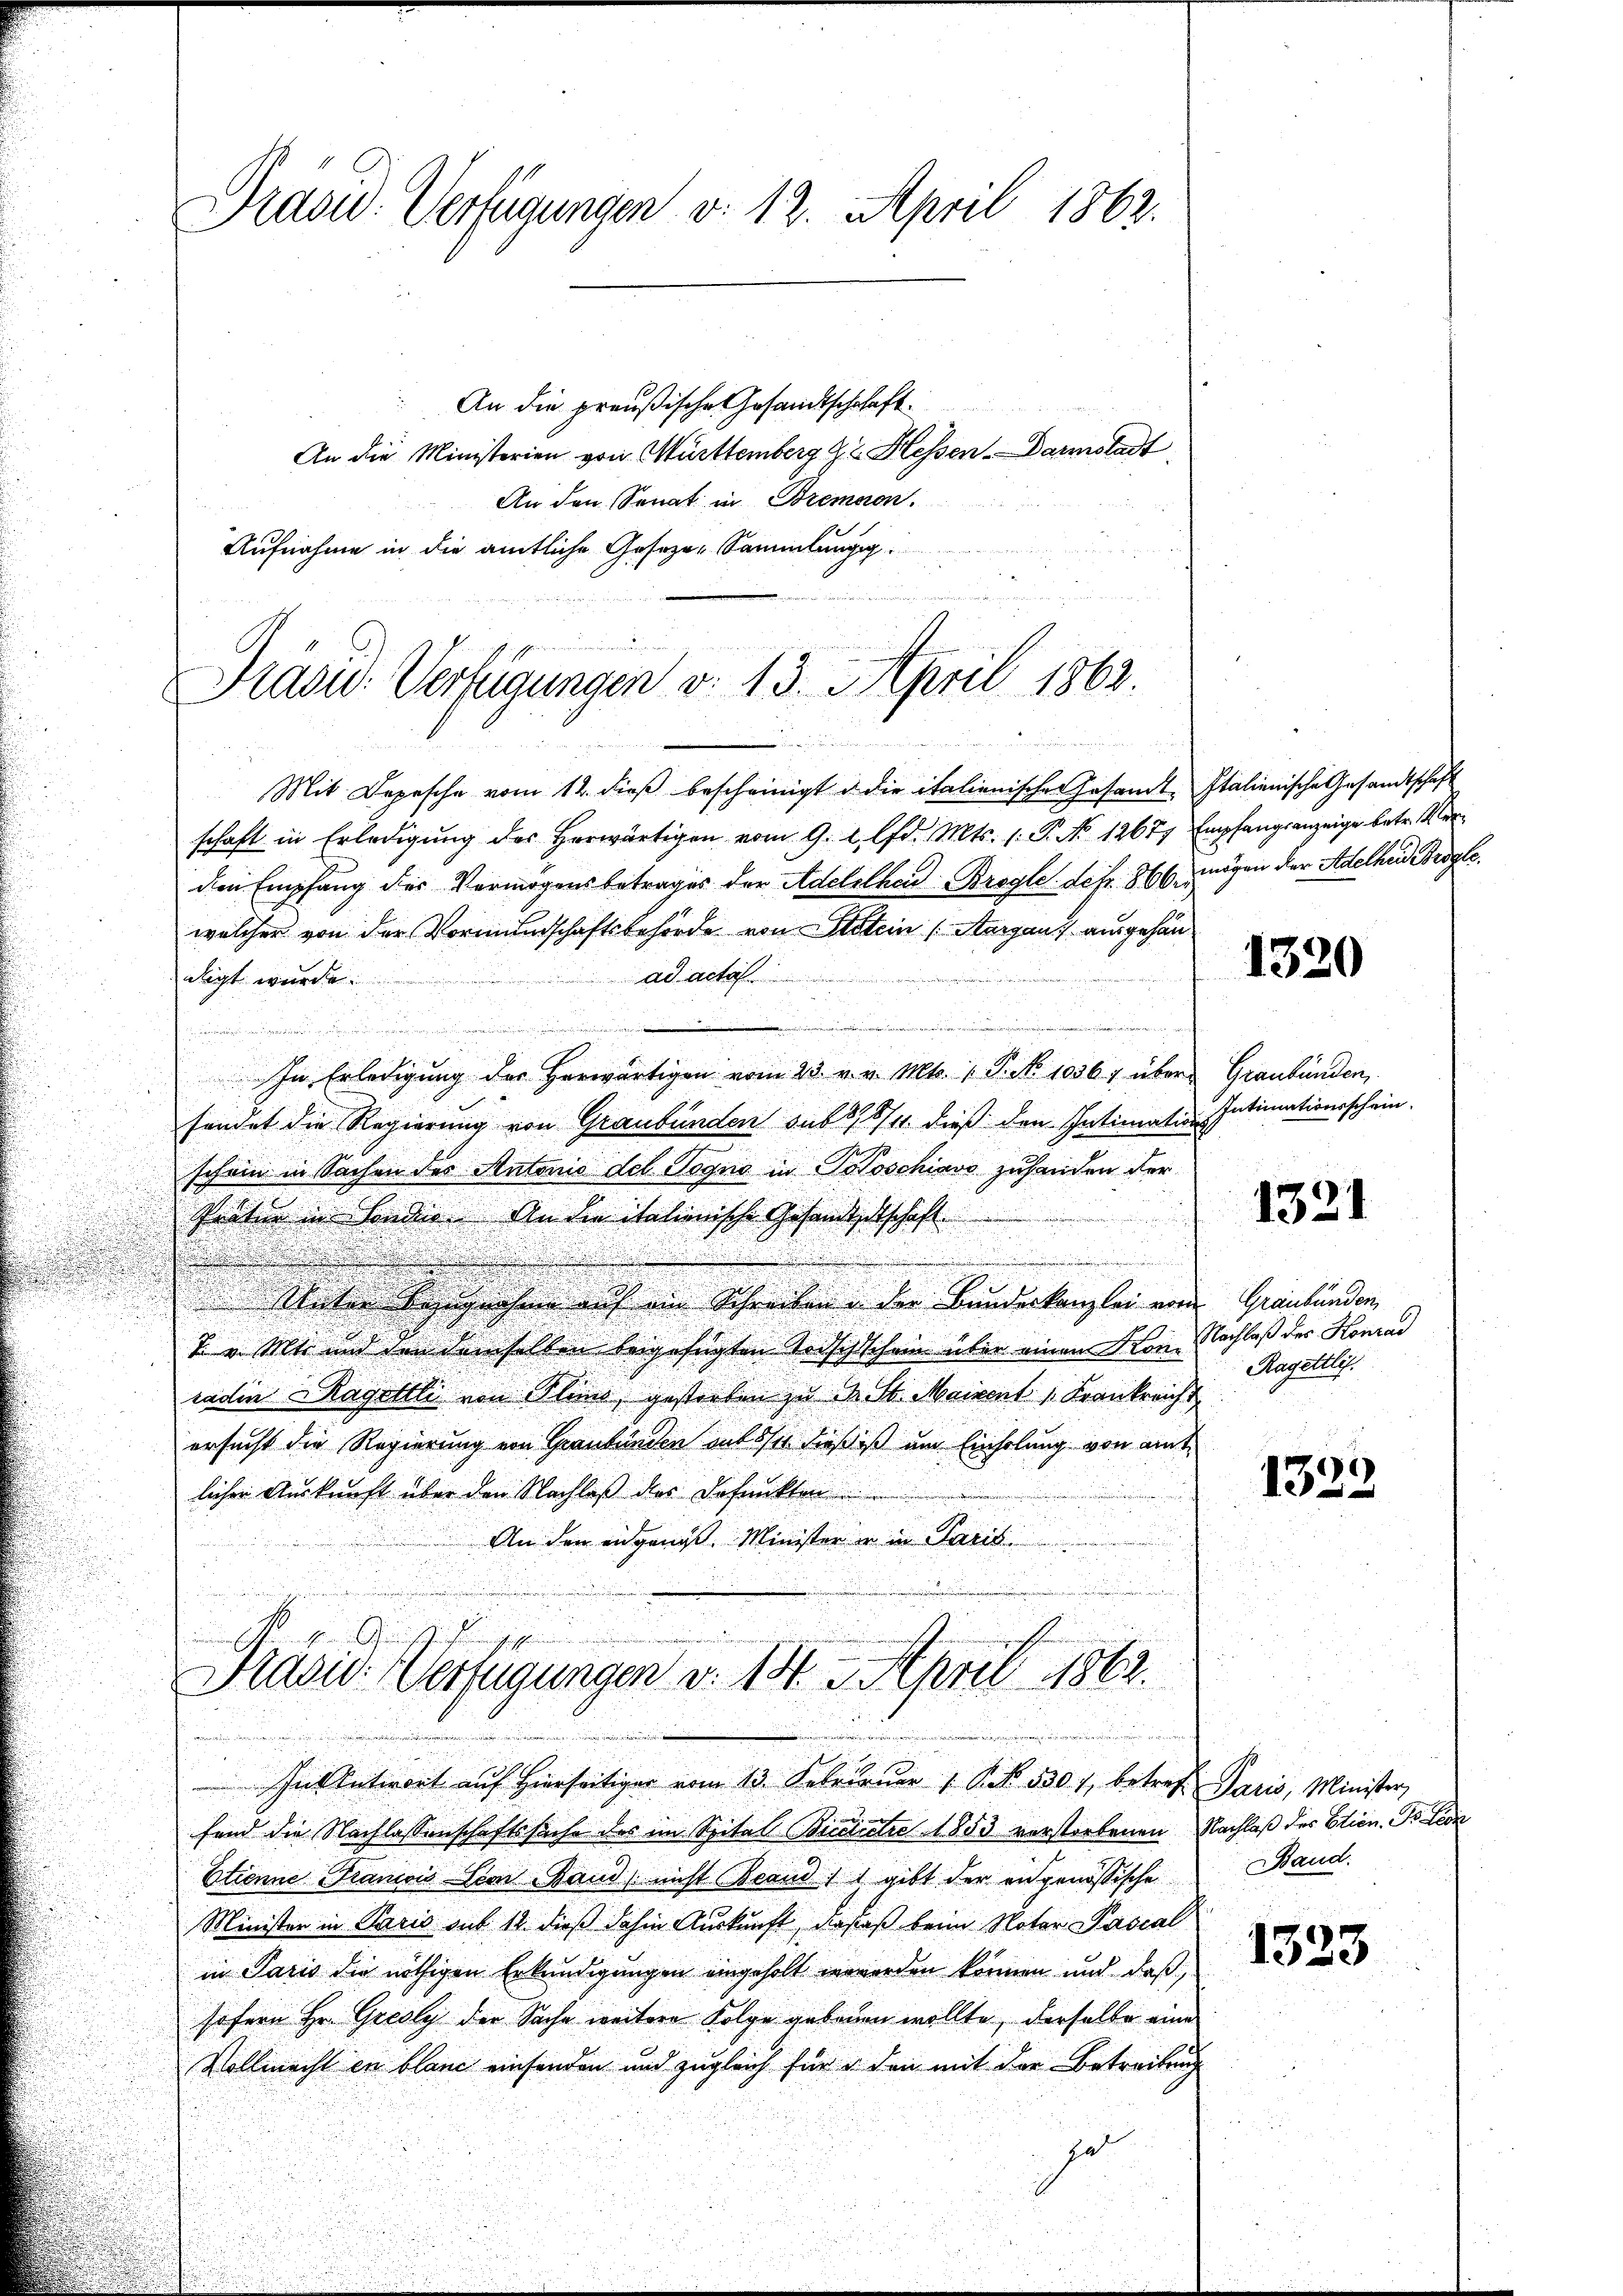
An den Senat in Bremeren
Mit Depesche vom 12. dieß bescheinigt d. die italienischer Gesandt-Italienische Gesandtschaft
schaft in Erledigŭng des herwärtigen vom 9. d. lfd. Mts. 1. P. No 12677 Empfangsanzeige betr. Ver-
den Empfang des Vermögensbetrages der Adelilhard Brogle. defr. 866 mögen der Adelheid Brogle
welcher von der Vormundschaftsbehörde von Stein Aargau, ausgehänad acta
.
digt wurde

.
e
.
In Erledigŭng des herwärtigen vom 23. v. v. Mts. 1 P. No 10567 über
fendet die Regierung von Graubünden sub 8/8/11 dieß den Intimation Intimationsschein.
schon in Sachen des Antonio del Pogno in Poloschiavo zuhanden der

Pratur in Sonder. An die italienische Gesandtschschaft
u
u

.
u
.
.

.
s
.

d
s
Unter Bezugnahme auf ein Schreiben u der Bundeskanzlei vom Graubünden,

.

7. v. Mts und den demselben beigefügten Todschschein über einen Konradin Ragetlli von Blind, gestorben zu M. St. Maivent Frankreicht
ersucht die Regierung von Graubünden muss sie dieß ist um Einholung von amtlichen Auskunft über den Nachlaß der defunkten
An den eidgenöss. Minister in in Paris
Prasur. Verfügungen d. 14. 5. April 1862.
n
In Antwort auf hierseitiger vom 13. Februar 1 S. 530, betref Paris, Minister,
fand die Nachlassenschaftssache des im Spital Bicciretze 1853 verstorbenen Nachlaß der Etien. Dr. Leon
Etienne Francis Vion Band (nicht Brand 11 gibt der angenössische Band.
Minister in Paris auf 10. dieß dahin Auskunft, dieses beim Notar Pascal
in Paris die nöthigen Erkundigungen eingeholt werden können und daß,
sofern Hr. Gresly der Sache weitere Folge gebenen wollte, derselbe eine
Vollmacht in blanc einsenden und zugleich für den mit der Betreiben
gat

Präsid. Verfügungen v. 12. April 1862.
An die preußische Gesandtschehaft
An die Ministerien von Württemberg 92. Hessen. Darmstadt

Aufnahme in die amtliche Geseze-Sammlungsg
Prasw: Verfügungen d. 13. April 1862.

1320

Graubünden.

1321

Nachlaß des Konrad
Ragettli.

1322

1333